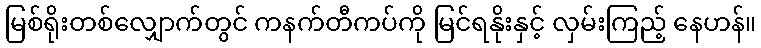
မြစ်ရိုးတစ်လျှောက်တွင် ကနက်တီကပ်ကို မြင်ရနိုးနှင့် လှမ်းကြည့် နေဟန်။